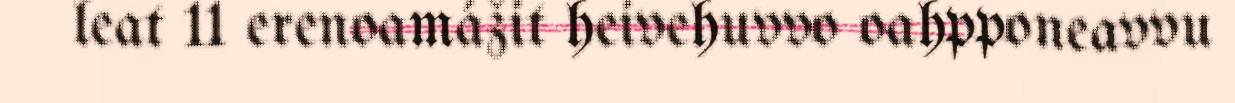
leat 11 erenoamážit heivehuvvo oahpponeavvu